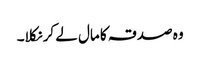
وہ صدقہ کا مال لے کر نکلا۔